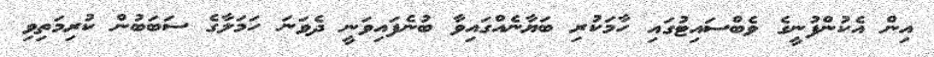
އިން އެކުންފުނީގެ ވެބްސައިޓުގައި ހާމަކުރި ބަޔާނެއްގައިވާ ބުނެފައިވަނީ ދެވަނަ ހަމަލާގެ ސަބަބުން ކުރިމަތިވި